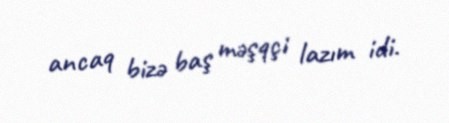
ancaq bizə baş məşqçi lazım idi.